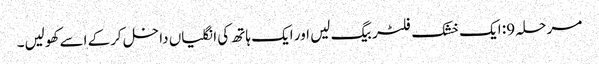
مرحلہ 9: ایک خشک فلٹر بیگ لیں اور ایک ہاتھ کی انگلیاں داخل کرکے اسے کھولیں۔